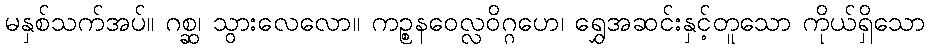
မနှစ်သက်အပ်။ ဂစ္ဆ၊ သွားလေလော။ ကဉ္စနဝေလ္လဝိဂ္ဂဟေ၊ ရွှေအဆင်းနှင့်တူသော ကိုယ်ရှိသော